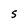
Character: S